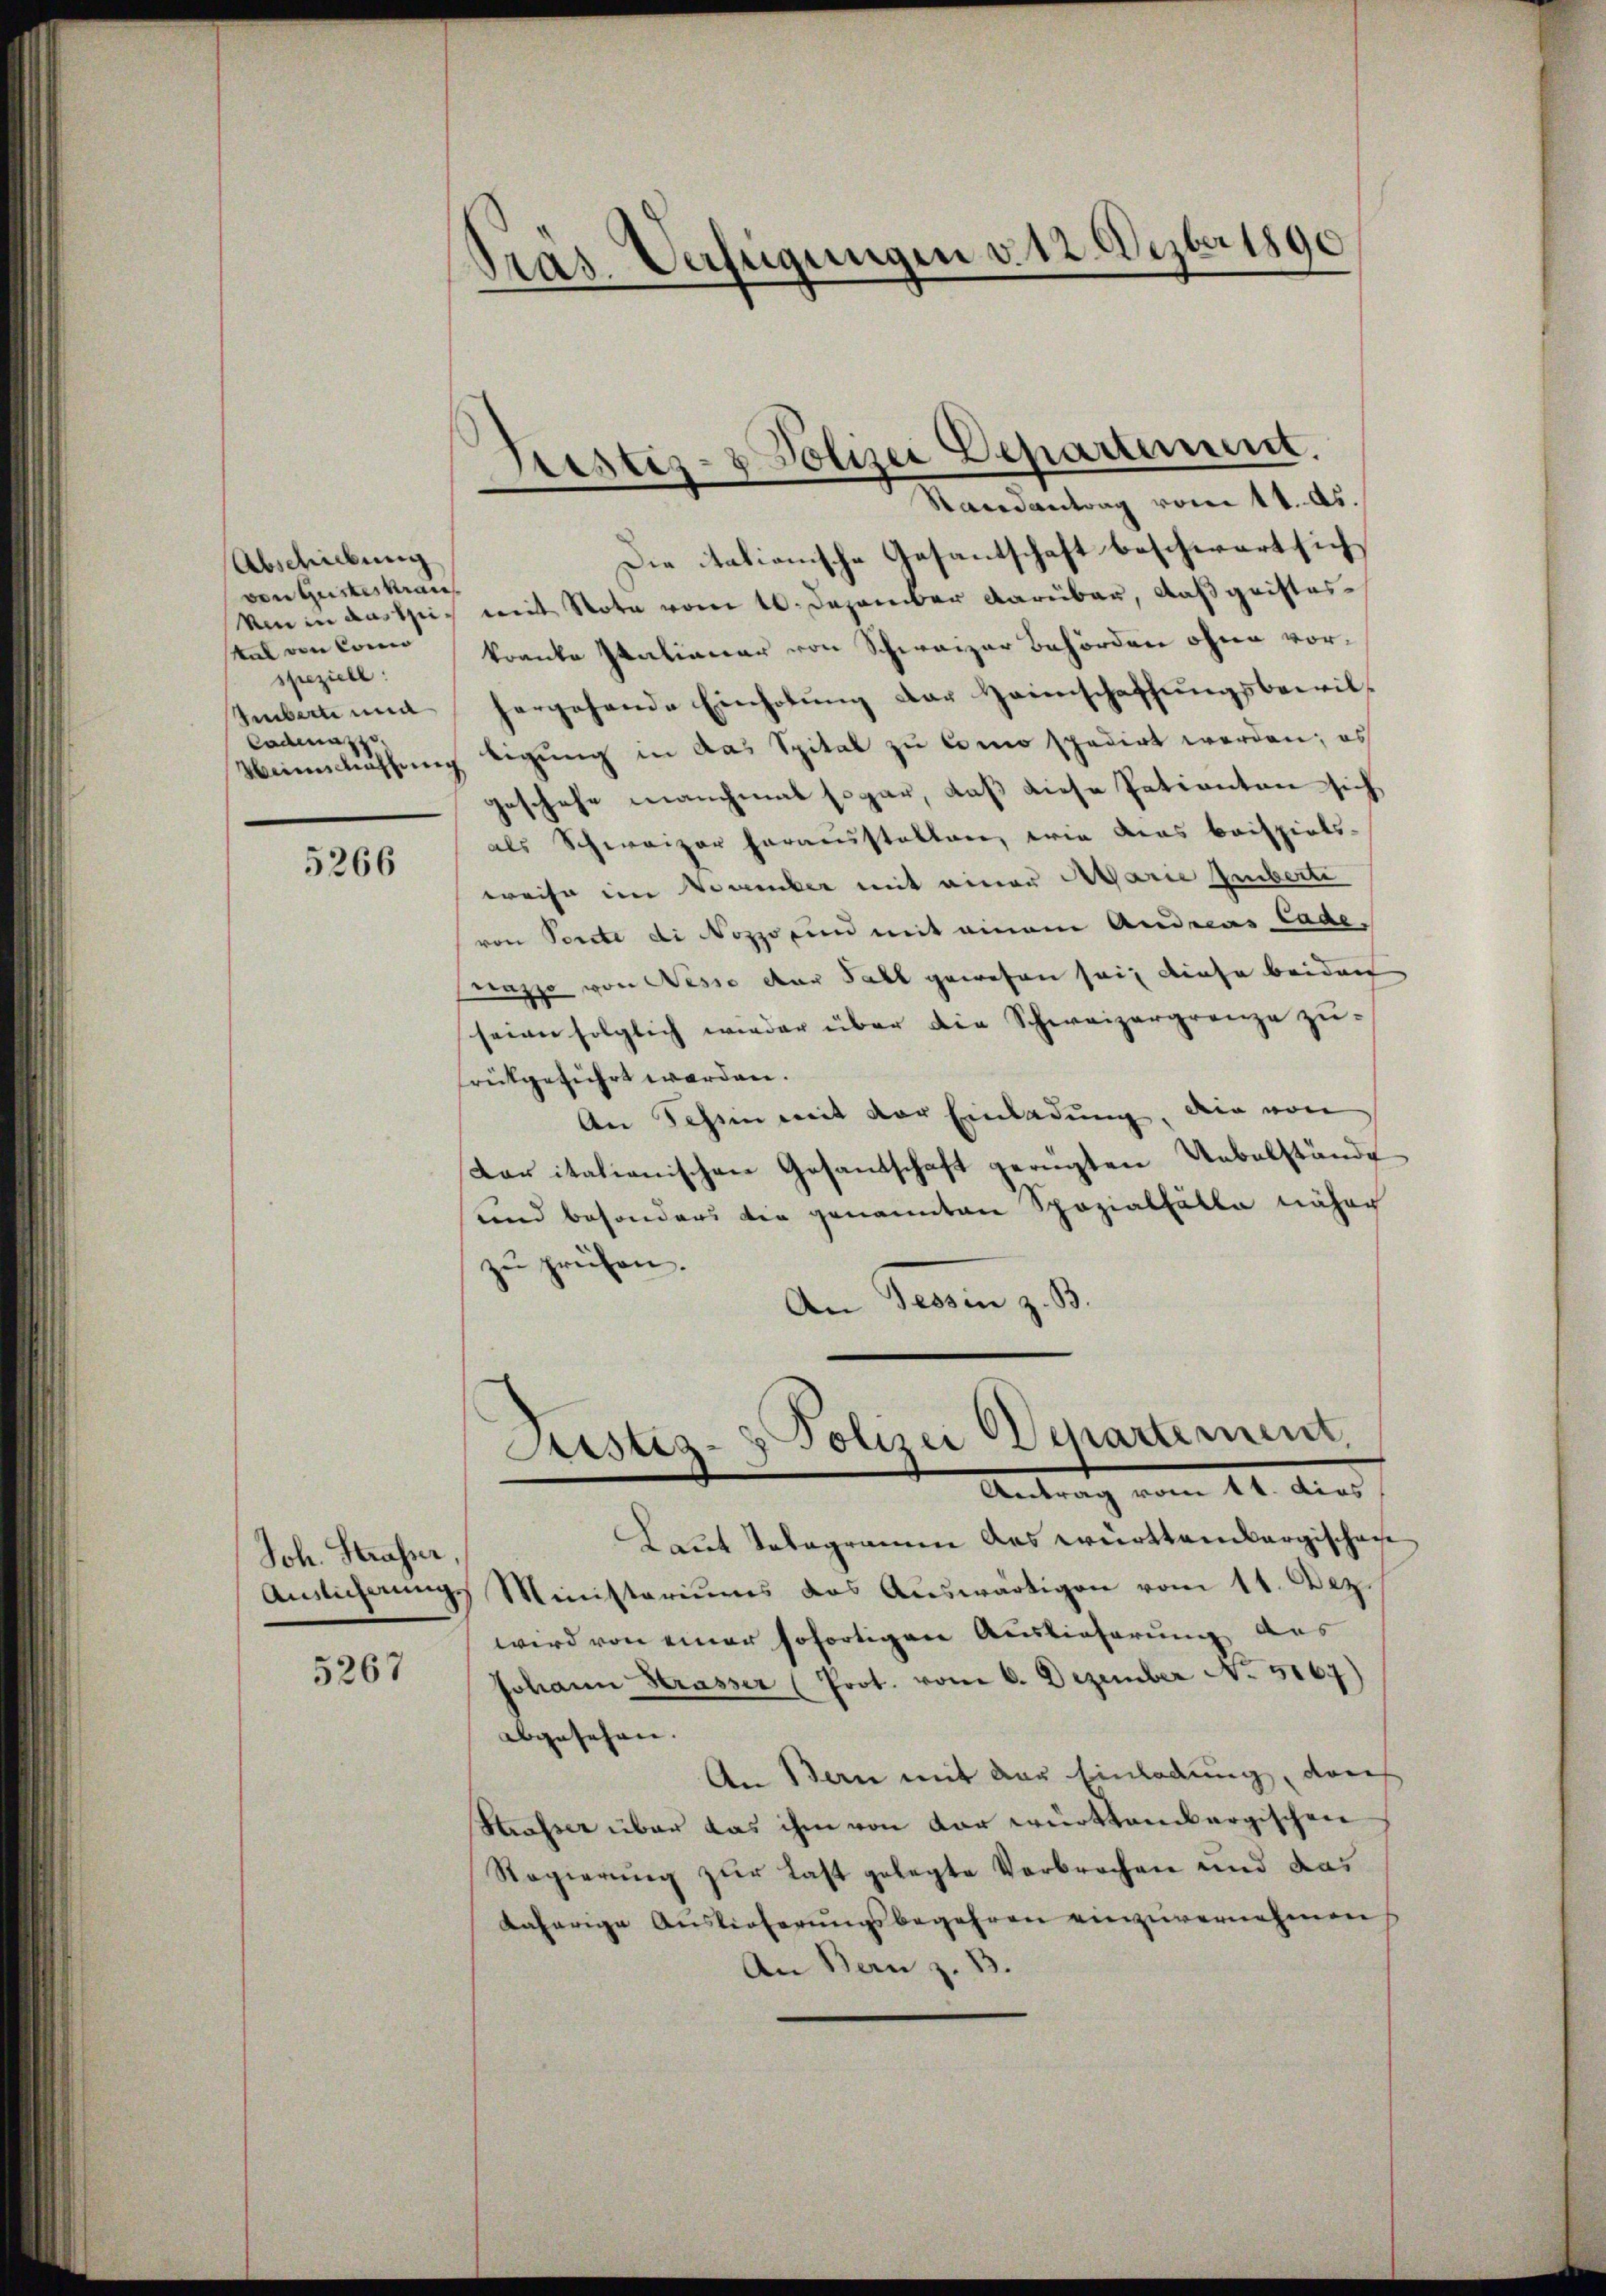
Abschiebung
ven Gusteskran
speziell:
Conmasse

5266

Joh. Strasser,

5267

Tras. Verfügungen v. 12. Dezbr 1890

Die itationische Gesantschaft beschwart sich
Um in das bei mit Note vom 10. Dezember darüber, daß geistessen von Conn kranke Italianer von Schweizer Behörden ohne vor¬
Imbert und hergehende Einholŭng der Heimschaffŭngsbewil-
Weinschaffung tigung in das Spital zu Como spedirt werden; es
geschehe manchmal sogar, daß diese Patienten sich
als Schweizer herausstatten, wie das beispiels-
weise im November mit einer Marie Imberti
von Porte di Nozzo ein mit einem Andreas Cade.
nazzo von Nesse der Fall gewesen sei, diese beiden
seine folglich wieder über die Schweizergrenze zu-
reitgeführt worden.
An Schien mit der Einladung, dein von
Doritationischen Gesandschaft gerügten Uebelstände
und besonders die genannten Spazialfälle näher
zu prüfen.
An Tessin z. B.

Fristiz- & Polizei Departement.
Randantrag vom 11. As.

Justiz- & Polizei Departement
Antrag vom 11. der

Laut Telegramm des württembergischen
Amslicherungs Ministeriums das Auswärtigen vom 11. Dez.
wird von einer sofortigen Auslieferung des
Johann Strasser (Prot. vom 6. Dezember No. 5167)
abgesehen.
An Bern mit der Einladung, das
Strasser über das ihm von dar württembergischen
Regierung zur Last gelegte Verbrechen und das
daherige Auslieferungsbegehren einzuvernehmen
An Bern z. B.